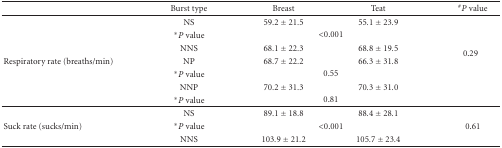
<table><thead><tr><td></td><td><b>Burst type</b></td><td><b>Breast</b></td><td><b>Teat</b></td><td><b><sup>#</sup><i>P</i> value</b></td></tr></thead><tbody><tr><td></td><td>NS</td><td>59.2 ± 21.5</td><td>55.1 ± 23.9</td><td></td></tr><tr><td></td><td>*<i>P</i> value</td><td colspan="2">&lt;0.001</td><td></td></tr><tr><td></td><td>NNS</td><td>68.1 ± 22.3</td><td>68.8 ± 19.5</td><td rowspan="2">0.29</td></tr><tr><td>Respiratory rate (breaths/min)</td><td>NP</td><td>68.7 ± 22.2</td><td>66.3 ± 31.8</td></tr><tr><td></td><td>*<i>P</i> value</td><td colspan="2">0.55</td><td></td></tr><tr><td></td><td>NNP</td><td>70.2 ± 31.3</td><td>70.3 ± 31.0</td><td></td></tr><tr><td></td><td>*<i>P</i> value</td><td colspan="2">0.81</td><td></td></tr><tr><td></td><td>NS</td><td>89.1 ± 18.8</td><td>88.4 ± 28.1</td><td></td></tr><tr><td>Suck rate (sucks/min)</td><td>*<i>P</i> value</td><td colspan="2">&lt;0.001</td><td>0.61</td></tr><tr><td></td><td>NNS</td><td>103.9 ± 21.2</td><td>105.7 ± 23.4</td><td></td></tr></tbody></table>